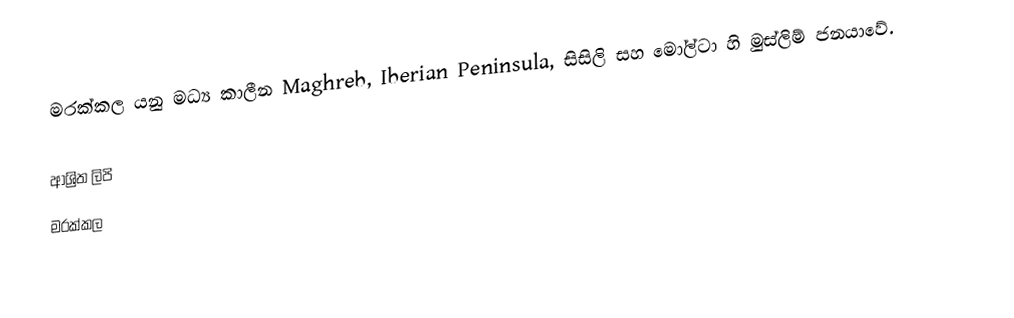
මරක්කල යනු මධ්‍ය කාලීන Maghreb, Iberian Peninsula, සිසිලි සහ මෝල්ටා හි මුස්ලිම් ජනයාවේ.

ආශ්‍රිත ලිපි
 මරක්කල